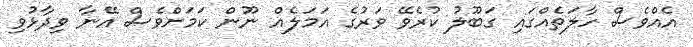
އެއްވެސް ހާލަތެއްގައި ގަބޫލު ކުރެވޭ ވަރުގެ އަމަލެއް ނޫން ކަމަށްވެސް އޭނާ ވިދާޅުވި